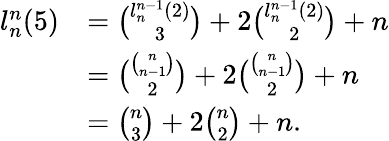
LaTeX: \begin{array}{rl}{l_{n}^{n}(5)}&{={\binom{l_{n}^{n-1}(2)}{3}}+2{\binom{l_{n}^{n-1}(2)}{2}}+n}\\ &{={\binom{{\binom{n}{n-1}}}{2}}+2{\binom{\binom{n}{n-1}}{2}}+n}\\ &{={\binom{n}{3}}+2{\binom{n}{2}}+n.}\end{array}